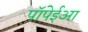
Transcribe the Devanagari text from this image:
पॉंपेईआ